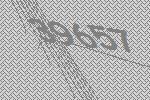
39657